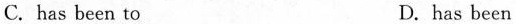
C.has been to D.has been